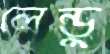
লেন্ডু